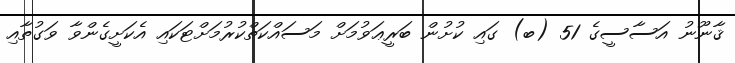
ޤާނޫނު އަސާސީގެ 51 (ބ) ގައި ކުށުން ބަރީޢަވުމަށް މަސައްކަތްކުރުމަށްޓަކައި އެކަށީގެންވާ ވަގުތާއި